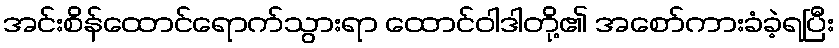
အင်းစိန်ထောင်ရောက်သွားရာ ထောင်ဝါဒါတို့၏ အစော်ကားခံခဲ့ရပြီး